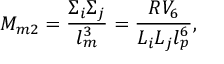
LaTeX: M _ { m 2 } = { \frac { \Sigma _ { i } \Sigma _ { j } } { l _ { m } ^ { 3 } } } = { \frac { R V _ { 6 } } { L _ { i } L _ { j } l _ { p } ^ { 6 } } } ,